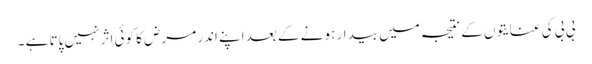
بی بی کی عنایتوں کے نتیجہ میں بیدار ہو نے کے بعد اپنے اندر مرض کا کوئی اثر نہیں پاتا ہے ۔